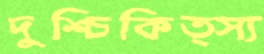
দুশ্চিকিত্স্য